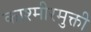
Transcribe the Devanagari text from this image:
काश्मीरमुक्ती